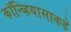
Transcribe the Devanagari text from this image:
कॉन्व्हियासाकडे